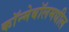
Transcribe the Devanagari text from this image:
कॉन्मेबॉलमधील